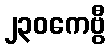
၂၃၀ကေဗွီ